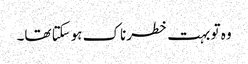
وہ تو بہت خطرناک ہوسکتا تھا۔